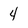
Character: 4